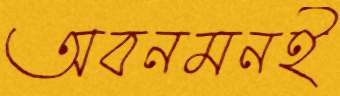
অবনমনই